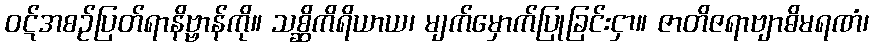
ဝဋ်အစဉ်ပြတ်ရာနိဗ္ဗာန်ကို။ သစ္ဆိကိရိယာယ၊ မျက်မှောက်ပြုခြင်းငှာ။ ဇာတိဇရာဗျာဓိမရဏံ၊